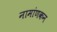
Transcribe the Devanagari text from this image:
नामांणकन